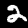
Label: 2